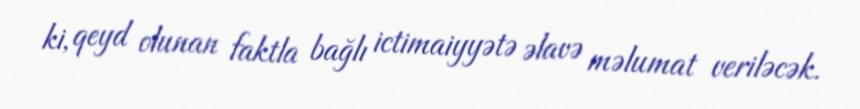
ki, qeyd olunan faktla bağlı ictimaiyyətə əlavə məlumat veriləcək.